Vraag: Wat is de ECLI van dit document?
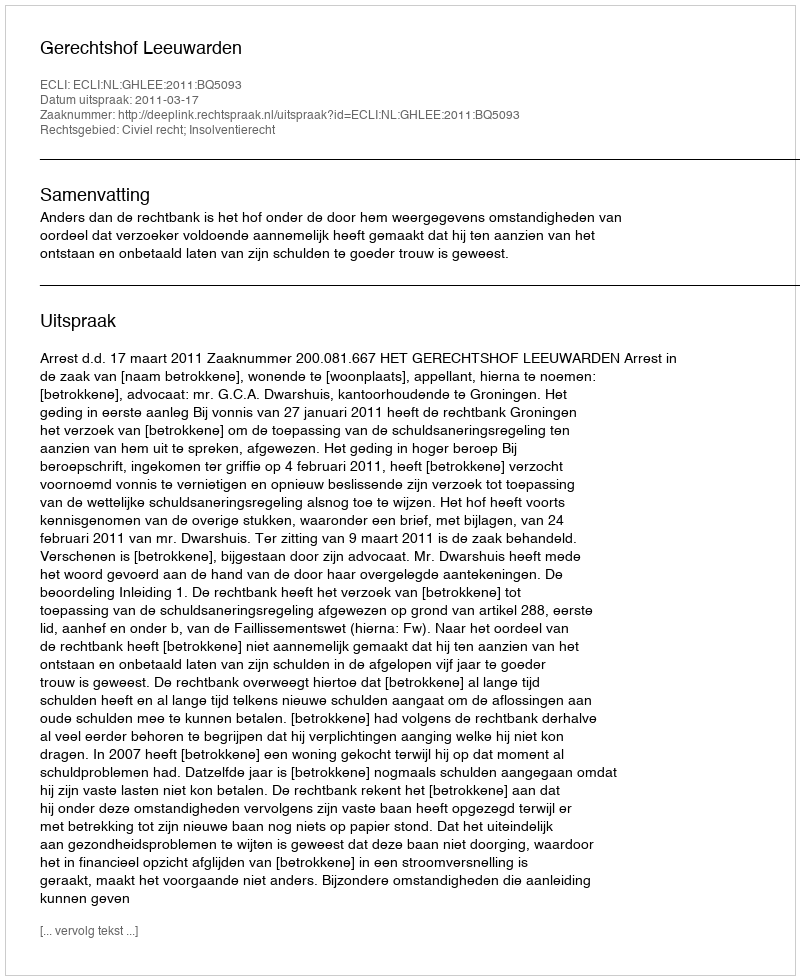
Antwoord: ECLI:NL:GHLEE:2011:BQ5093